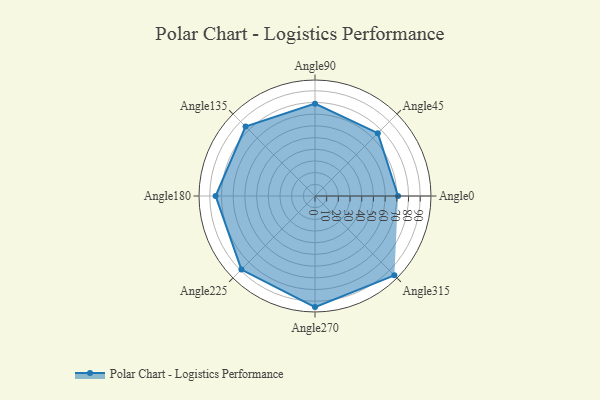
{"axis": {"x": "Angle", "y": "Radius"}, "legend": [""], "data": [{"x": "Angle0", "y": 71.0, "type": ""}, {"x": "Angle45", "y": 76.0, "type": ""}, {"x": "Angle90", "y": 79.0, "type": ""}, {"x": "Angle135", "y": 84.0, "type": ""}, {"x": "Angle180", "y": 85.0, "type": ""}, {"x": "Angle225", "y": 89.0, "type": ""}, {"x": "Angle270", "y": 95.0, "type": ""}, {"x": "Angle315", "y": 96.0, "type": ""}]}